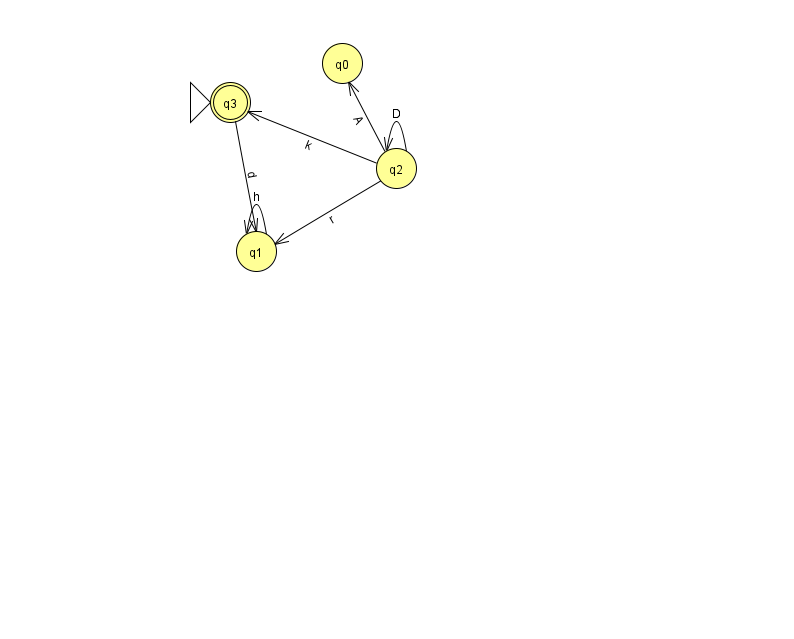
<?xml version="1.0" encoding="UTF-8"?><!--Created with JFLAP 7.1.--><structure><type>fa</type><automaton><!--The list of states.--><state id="0" name="q0"><x>342.0</x><y>50.0</y></state><state id="1" name="q1"><x>256.0</x><y>238.0</y></state><state id="2" name="q2"><x>396.0</x><y>155.0</y></state><state id="3" name="q3"><x>230.0</x><y>89.0</y><initial/><final/></state><!--The list of transitions.--><transition><from>2</from><to>0</to><read>A</read></transition><transition><from>2</from><to>3</to><read>k</read></transition><transition><from>2</from><to>2</to><read>D</read></transition><transition><from>2</from><to>1</to><read>r</read></transition><transition><from>1</from><to>1</to><read>h</read></transition><transition><from>3</from><to>1</to><read>d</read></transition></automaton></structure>